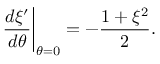
\left. { \frac { d \xi ^ { \prime } } { d \theta } } \right| _ { \theta = 0 } = - { \frac { 1 + \xi ^ { 2 } } { 2 } } .